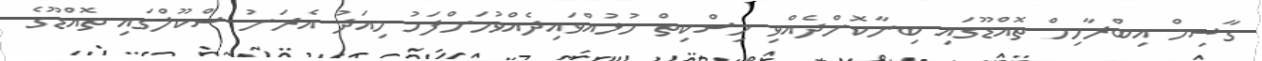
ގާސިމް އިބްރާހިމް ތޮއްޑޫގައި ބިނާކޮށްދެއްވި މިސްކިތް ހުޅުއްވައިދެއްވުމަށްފަހު މިއަދު އެރަށު ސްކޫލްގައި ތޮއްޑޫގެ